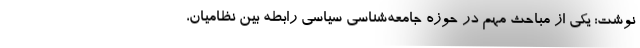
نوشت: یکی از مباحث مهم در حوزه جامعه‌شناسی سیاسی رابطه بین نظامیان،